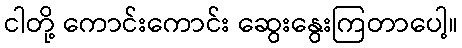
ငါတို့ ကောင်းကောင်း ဆွေးနွေးကြတာပေါ့။